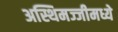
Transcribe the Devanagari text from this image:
अस्थिमज्जीमध्ये